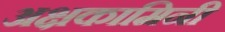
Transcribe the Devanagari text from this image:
अक्षकामिनी